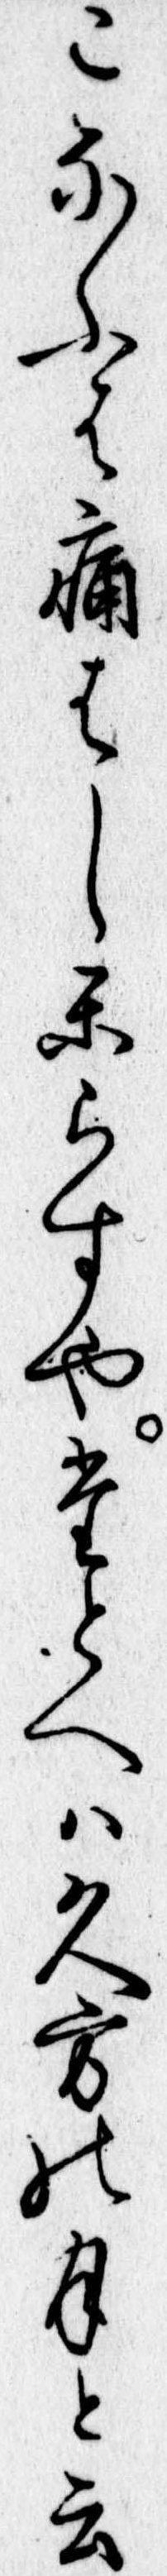
こなふは痛はしからすやたとへは久方の月と云